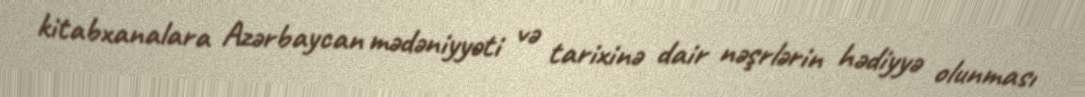
kitabxanalara Azərbaycan mədəniyyəti və tarixinə dair nəşrlərin hədiyyə olunması